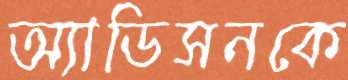
অ্যাডিসনকে